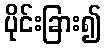
ပိုင်းခြား၍